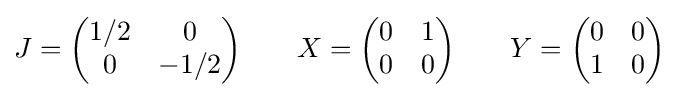
J={\begin{pmatrix}1/2&0\\0&-1/2\\\end{pmatrix}}\qquad X={\begin{pmatrix}0&1\\0&0\\\end{pmatrix}}\qquad Y={\begin{pmatrix}0&0\\1&0\end{pmatrix}}